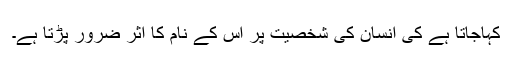
کہاجاتا ہے کی انسان کی شخصیت پر اس کے نام کا اثر ضرور پڑتا ہے۔